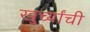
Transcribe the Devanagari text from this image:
खुर्च्यांची